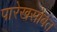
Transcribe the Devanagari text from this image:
पारेखसोबत